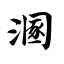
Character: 溷